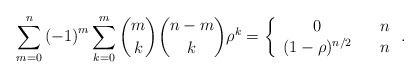
\begin{align*}\sum_{m=0}^{n}\left( -1\right) ^{m}\sum_{k=0}^{m}\binom{m}{k}\binom{n-m}{k}\rho ^{k}=\left\{ \begin{array}{ccc}0 & & n \\ (1-\rho )^{n/2} & & n\end{array}\right. . \end{align*}